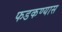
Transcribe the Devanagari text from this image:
फडकण्यास